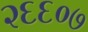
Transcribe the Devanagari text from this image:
२६६०७